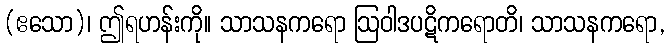
(ဧသော)၊ ဤရဟန်းကို။ သာသနကရော ဩဝါဒပဋိကရောတိ၊ သာသနကရော,